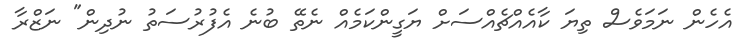
އެހެން ނަަމަވެސް ތިޔަ ކާއެއްޗެއްސަށް ޔަގީންކަމެއް ނެތޭ ބުނެ އެފުރުސަތު ނުދިން" ނަޒްރާ